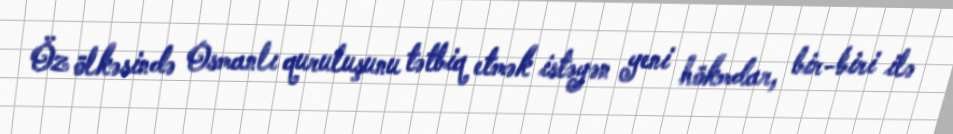
Öz ölkəsində Osmanlı quruluşunu tətbiq etmək istəyən yeni hökmdar, bir-biri ilə